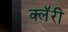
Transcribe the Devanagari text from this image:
क्लॅरी